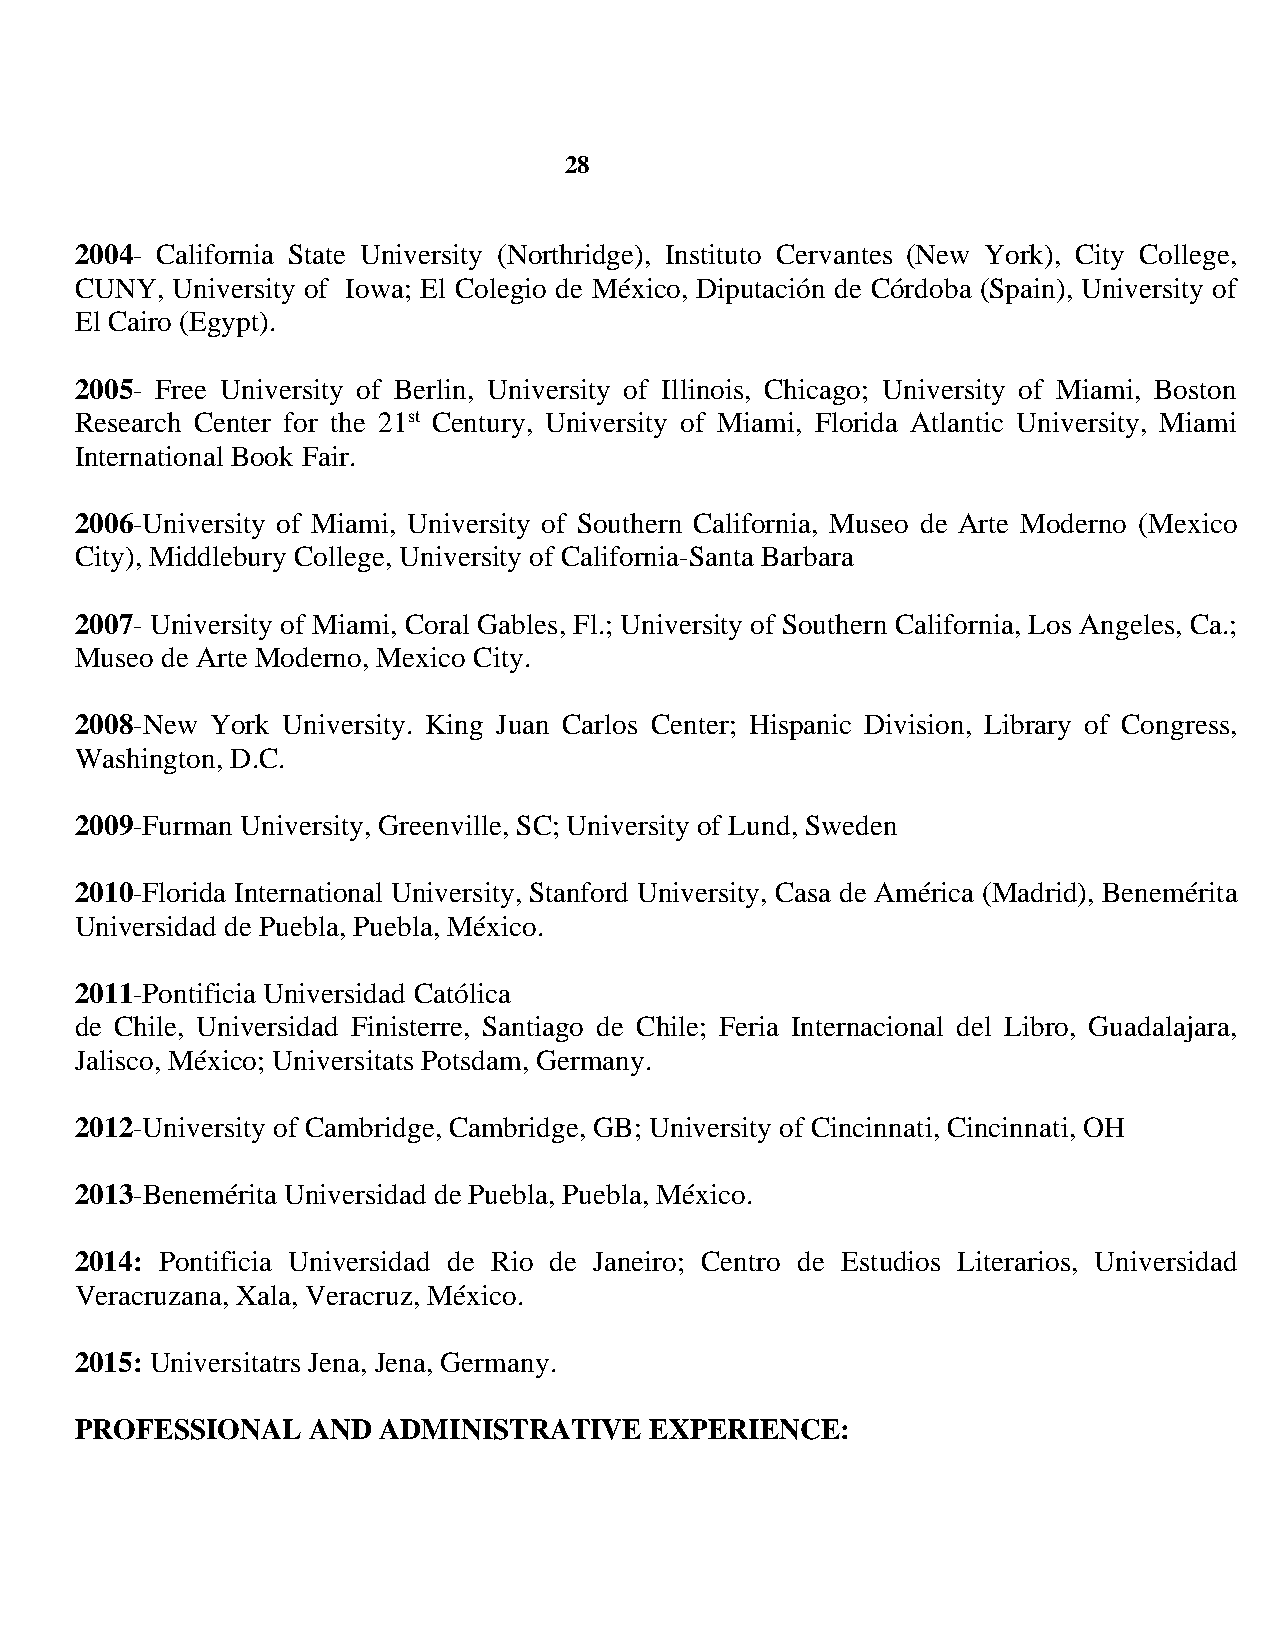
28
 2004- California State University (Northridge), Instituto Cervantes (New York), City College,
 CUNY, University of Iowa; El Colegio de México, Diputación de Córdoba (Spain), University of
 El Cairo (Egypt).
 2005- Free University of Berlin, University of Illinois, Chicago; University of Miami, Boston
 Research Center for the 21st Century, University of Miami, Florida Atlantic University, Miami
 International Book Fair.
 2006-University of Miami, University of Southern California, Museo de Arte Moderno (Mexico
 City), Middlebury College, University of California-Santa Barbara
 2007- University of Miami, Coral Gables, Fl.; University of Southern California, Los Angeles, Ca.;
 Museo de Arte Moderno, Mexico City.
 2008-New York University. King Juan Carlos Center; Hispanic Division, Library of Congress,
 Washington, D.C.
 2009-Furman University, Greenville, SC; University of Lund, Sweden
 2010-Florida International University, Stanford University, Casa de América (Madrid), Benemérita
 Universidad de Puebla, Puebla, México.
 2011-Pontificia Universidad Católica
 de Chile, Universidad Finisterre, Santiago de Chile; Feria Internacional del Libro, Guadalajara,
 Jalisco, México; Universitats Potsdam, Germany.
 2012-University of Cambridge, Cambridge, GB; University of Cincinnati, Cincinnati, OH
 2013-Benemérita Universidad de Puebla, Puebla, México.
 2014: Pontificia Universidad de Rio de Janeiro; Centro de Estudios Literarios, Universidad
 Veracruzana, Xala, Veracruz, México.
 2015: Universitatrs Jena, Jena, Germany.
 PROFESSIONAL   AND  ADMINISTRATIVE    EXPERIENCE: